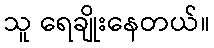
သူ ရေချိုးနေတယ်။